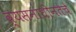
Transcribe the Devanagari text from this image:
व्यसनाधीनतेचे